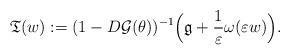
LaTeX: \begin{align*}\mathfrak{T}(w):=(1-D\mathcal{G}(\theta))^{-1}\Big(\mathfrak{g}+\frac{1}{\varepsilon}\omega(\varepsilon w)\Big). \end{align*}